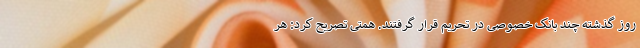
روز گذشته چند بانک خصوصی در تحریم قرار گرفتند. همتی تصریح کرد: هر